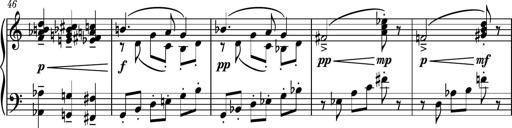
Title: Piano Sonatina No.4
Composer: Dimitri Sykias
Key: D major